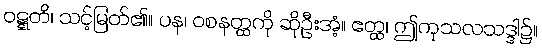
ဝဋ္ဋတိ၊ သင့်မြတ်၏။ ပန၊ ဝစနတ္ထကို ဆိုဦးအံ့။ ဧတ္ထ၊ ဤကုသလသဒ္ဒါ၌။